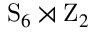
\mathrm { S } _ { 6 } \rtimes \mathrm { Z } _ { 2 }